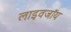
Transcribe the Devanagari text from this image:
लाइवजॉय